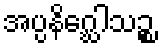
အပ္ပနိဂ္ဃေါသဉ္စ